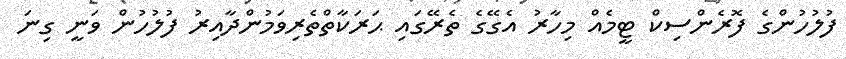
ފުލުހުންގެ ފޮރެންސިކް ޓީމެއް މިހާރު އެގޭގެ ތެރޭގައި ޙަރަކާތްތެރިވަމުންދާއިރު ފުލުހުން ވަނީ ގިނަ